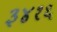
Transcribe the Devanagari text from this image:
३४१६